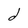
Character: d